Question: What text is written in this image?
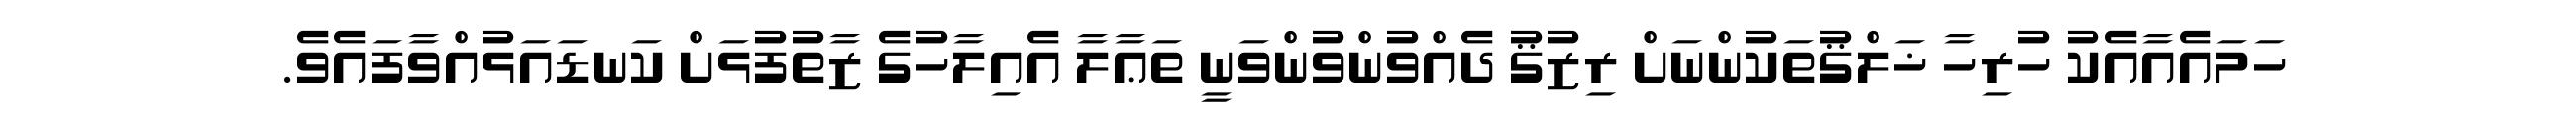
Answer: ހަމައެއާއެކު ހުރިހާ ޚަލްޤުތަކުންނަށް ރިޒުޤު ދެއްވުންވުންވަނީ ތަޢާލާ އެއިލާހުގެ ޒާތުފުޅަށް ކަނޑައަޅުއްވާފައެވެ.